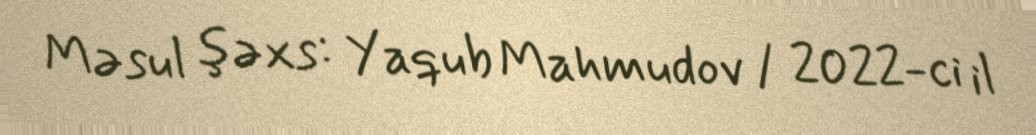
Məsul şəxs: Yaqub Mahmudov / 2022-ci il